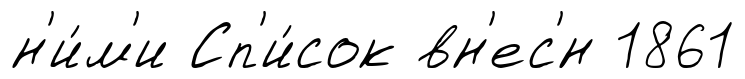
н'и́м'и Сп'и́сок вн'ес'́н 1861